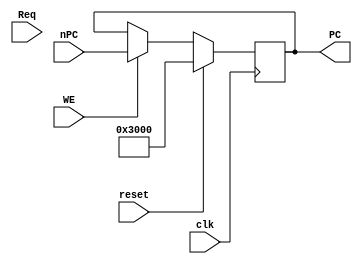
module F_IFU (
        input clk,  //! Clock
        input reset,  //! Reset
        input Req,  //! Request
        input WE,  //! Write Enable
        input [31: 0] nPC,  //! Next PC
        // output [31: 0] Instr, //! Instruction
        output reg [31: 0] PC //! Program Counter
    );

    // F_IM IM(
    //        .PC(PC),
    //        .Instr(Instr)
    //    );

    initial begin
        PC <= 32'h3000;
    end

    always @(posedge clk) begin
        if (reset)
            PC <= 32'h3000;
        else if (WE)
            PC <= nPC;
    end

endmodule